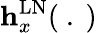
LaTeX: \mathbf{h}_{x}^{\mathrm{LN}}(~.~)